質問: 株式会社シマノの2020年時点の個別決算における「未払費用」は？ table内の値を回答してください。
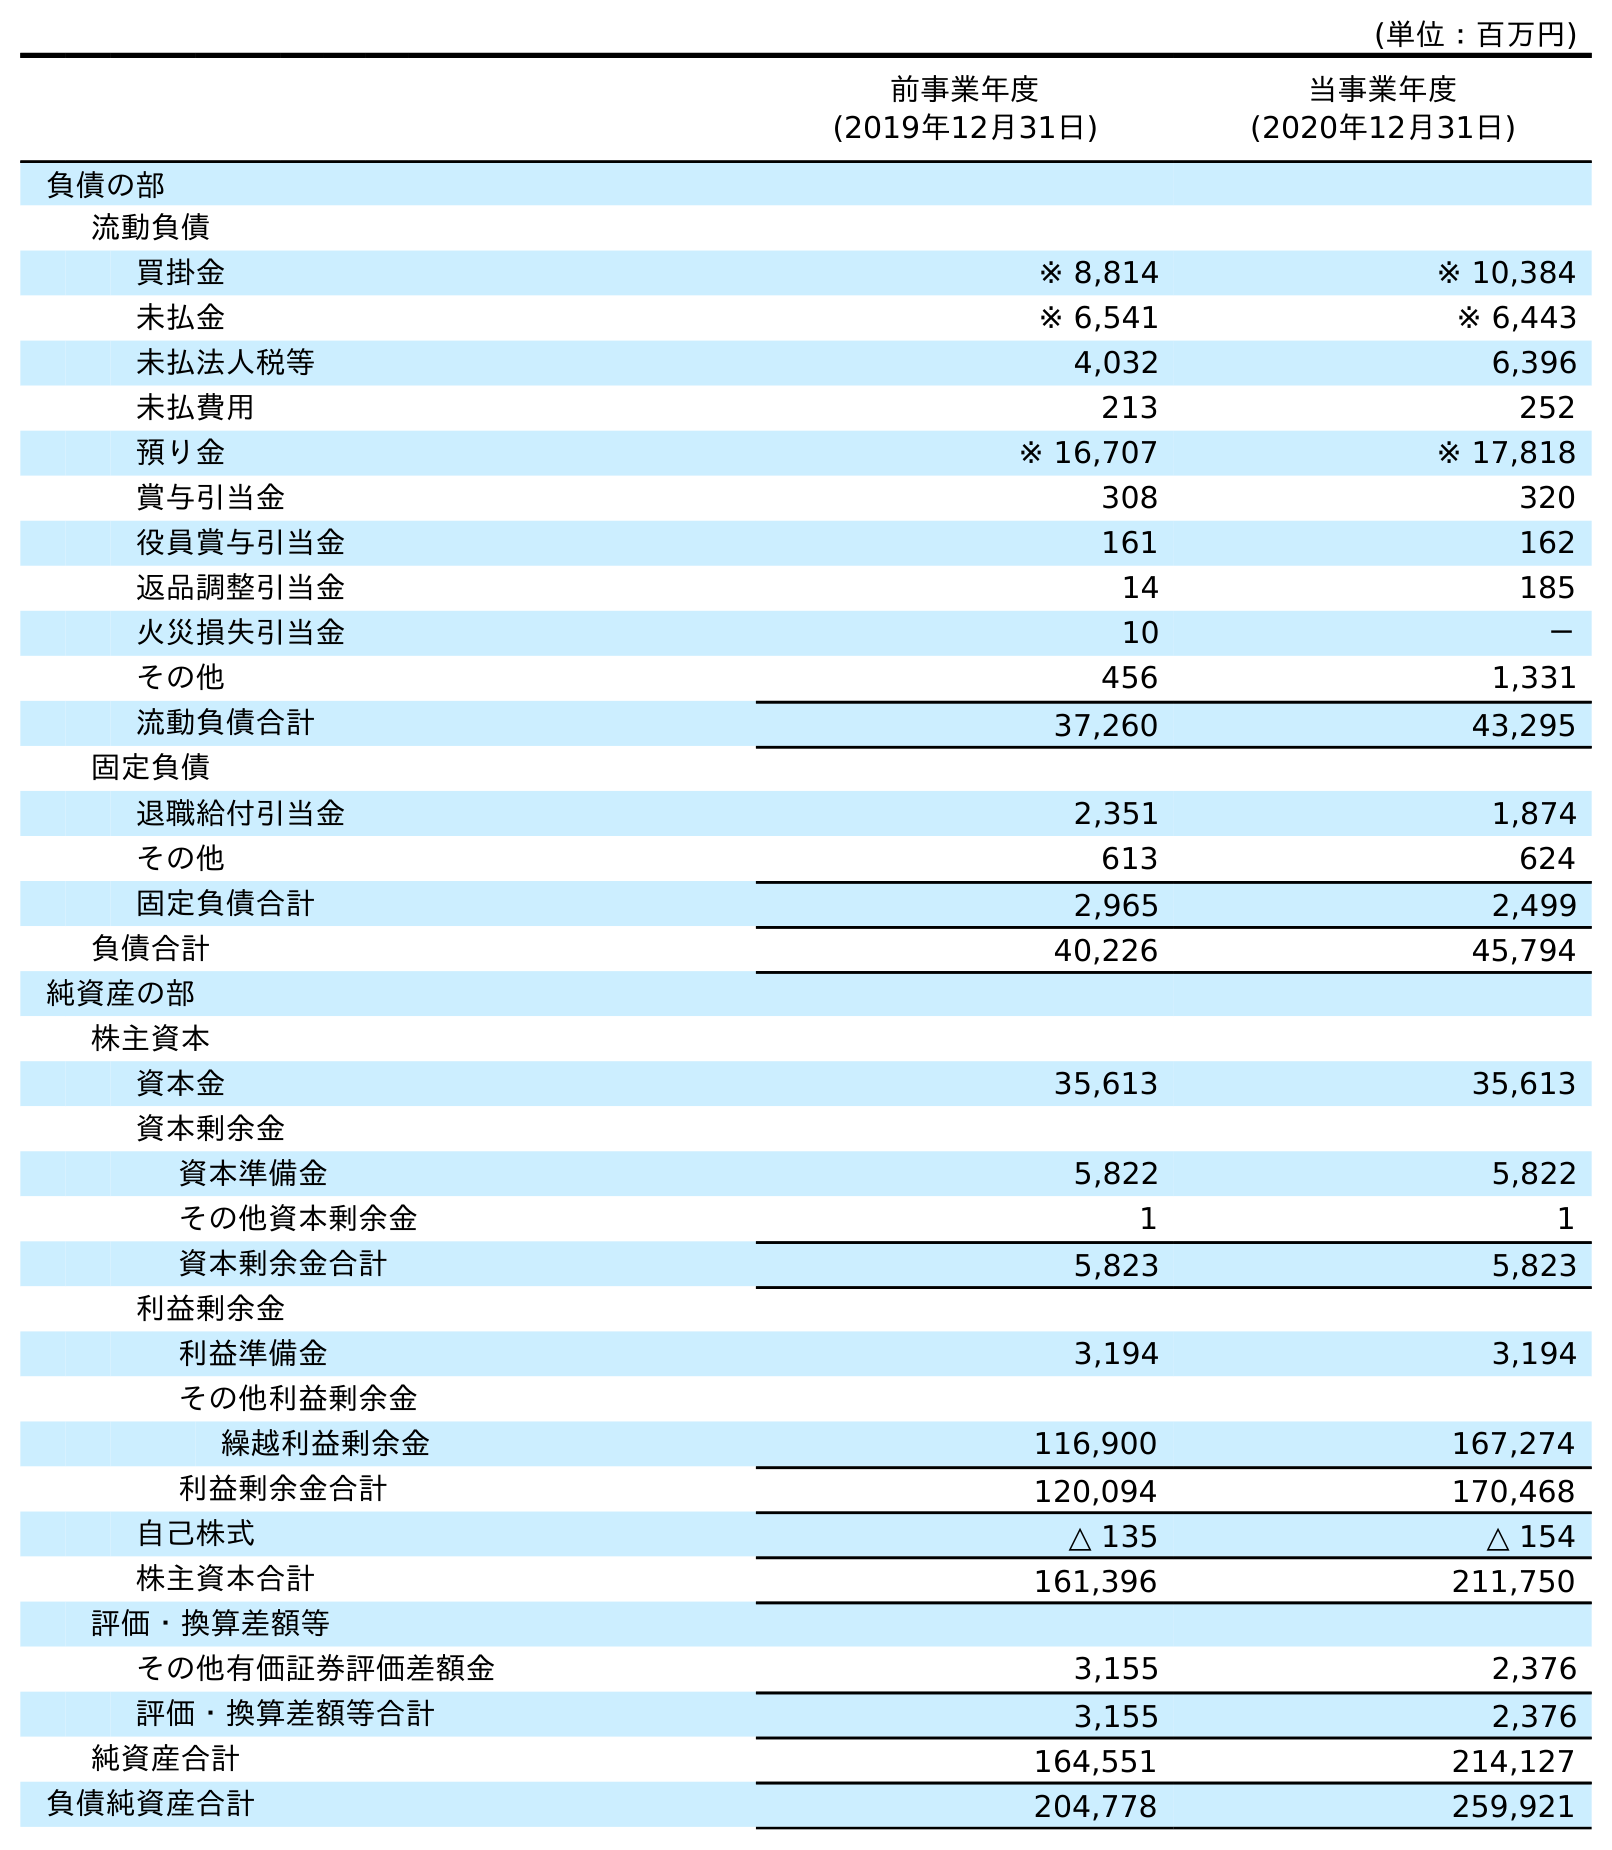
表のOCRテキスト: (単位：百万円) 前事業年度 (2019年12月31日) 当事業年度 (2020年12月31日) 負債の部 流動負債 買掛金 ※ 8,814 ※ 10,384 未払金 ※ 6,541 ※ 6,443 未払法人税等 4,032 6,396 未払費用 213 252 預り金 ※ 16,707 ※ 17,818 賞与引当金 308 320 役員賞与引当金 161 162 返品調整引当金 14 185 火災損失引当金 10 － その他 456 1,331 流動負債合計 37,260 43,295 固定負債 退職給付引当金 2,351 1,874 その他 613 624 固定負債合計 2,965 2,499 負債合計 40,226 45,794 純資産の部 株主資本 資本金 35,613 35,613 資本剰余金 資本準備金 5,822 5,822 その他資本剰余金 1 1 資本剰余金合計 5,823 5,823 利益剰余金 利益準備金 3,194 3,194 その他利益剰余金 繰越利益剰余金 116,900 167,274 利益剰余金合計 120,094 170,468 自己株式 △ 135 △ 154 株主資本合計 161,396 211,750 評価・換算差額等 その他有価証券評価差額金 3,155 2,376 評価・換算差額等合計 3,155 2,376 純資産合計 164,551 214,127 負債純資産合計 204,778 259,921
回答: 252